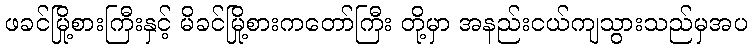
ဖခင်မြို့စားကြီးနှင့် မိခင်မြို့စားကတော်ကြီး တို့မှာ အနည်းငယ်ကျသွားသည်မှအပ